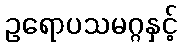
ဥရောပသမဂ္ဂနှင့်